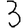
Digit: 3